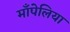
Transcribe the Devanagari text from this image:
माँपेलिया